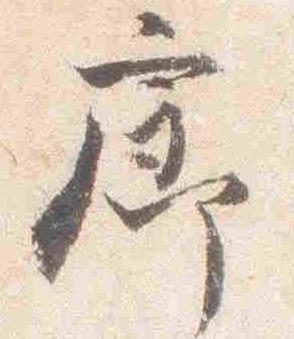
廊